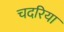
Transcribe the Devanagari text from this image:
चदरिया